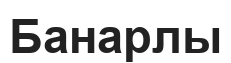
Банарлы